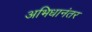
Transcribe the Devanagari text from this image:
अभिधानंतर